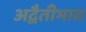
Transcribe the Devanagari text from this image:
अद्वैतीभाव